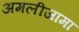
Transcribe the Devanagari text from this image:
अमलीजामा